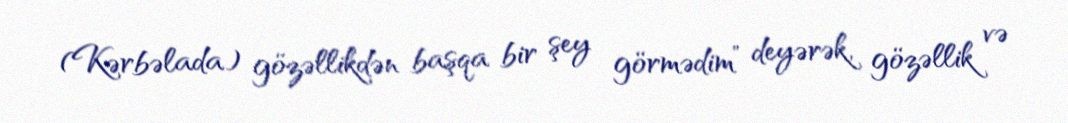
(Kərbəlada) gözəllikdən başqa bir şey görmədim” deyərək, gözəllik və